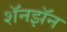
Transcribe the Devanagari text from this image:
शॅनझॅन